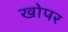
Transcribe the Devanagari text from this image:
खोपर